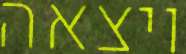
ויצאה